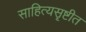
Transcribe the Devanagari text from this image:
साहित्यसॄष्टीत